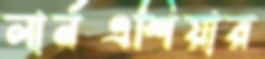
লার্নএশিয়ার